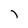
Character: 7